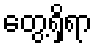
တွေ့ရှိရာ